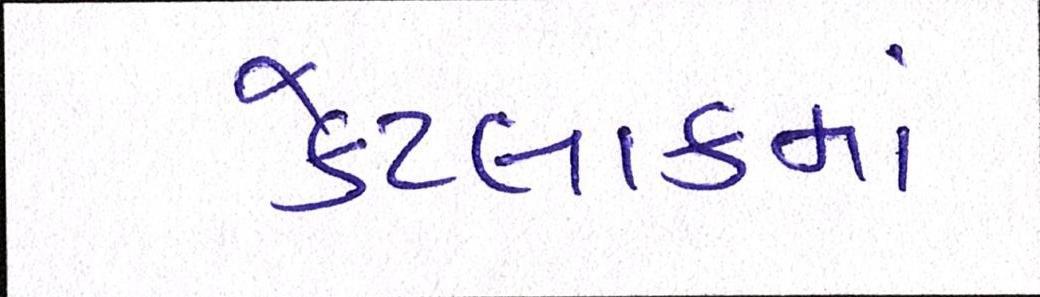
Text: કેટલાકમાં